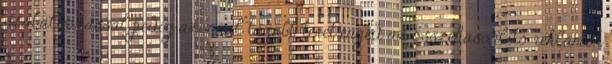
szabályozással pedig azonnal tágabb teret enged az összehasonlító reklámok